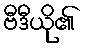
ဗီဒီယို၏